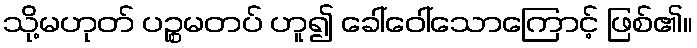
သို့မဟုတ် ပဉ္စမတပ် ဟူ၍ ခေါ်ဝေါ်သောကြောင့် ဖြစ်၏။